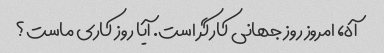
آه، امروز روز جهانی کارگر است. آیا روز کاری ماست؟